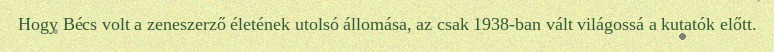
Hogy Bécs volt a zeneszerző életének utolsó állomása, az csak 1938-ban vált világossá a kutatók előtt.